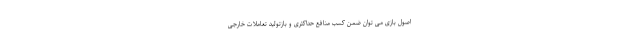
اصول بازی می توان ضمن کسب منافع حداکثری و بازتولید تعاملات خارجی